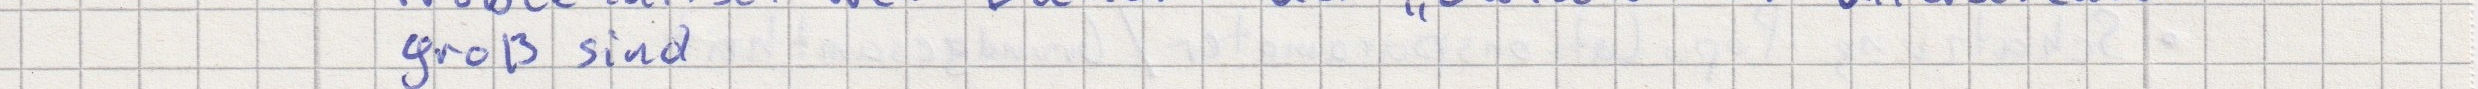
groß sind